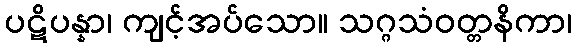
ပဋိပန္နာ၊ ကျင့်အပ်သော။ သဂ္ဂသံဝတ္တနိကာ၊